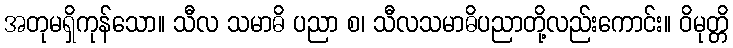
အတုမရှိကုန်သော။ သီလ သမာဓိ ပညာ စ၊ သီလသမာဓိပညာတို့လည်းကောင်း။ ဝိမုတ္တိ